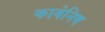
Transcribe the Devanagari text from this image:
कावेनिष